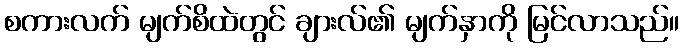
စကားလက် မျက်စိထဲတွင် ချားလ်၏ မျက်နှာကို မြင်လာသည်။